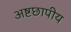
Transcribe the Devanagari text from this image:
अष्टछापीय